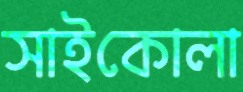
সাইকোলা